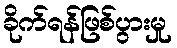
ခိုက်ရန်ဖြစ်ပွားမှု